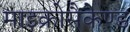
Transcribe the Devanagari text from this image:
माइक्रोसैकेण्ड